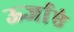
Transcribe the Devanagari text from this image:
ऊर्जाएं